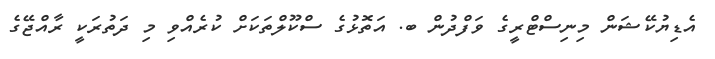
އެޑިޔުކޭޝަން މިނިސްޓްރީގެ ވަފްދުން ބ. އަތޮޅުގެ ސްކޫލްތަކަށް ކުރެއްވި މި ދަތުރަކީ ރާއްޖޭގެ